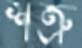
শত্রু